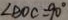
\angle B O C = 9 0 ^ { \circ }